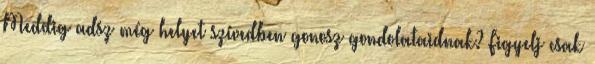
Meddig adsz még helyet szívedben gonosz gondolataidnak? Figyelj csak